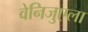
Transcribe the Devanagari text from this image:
वेनिजुएला